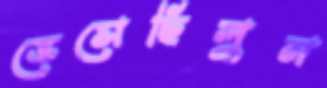
ভেসেছিলুম